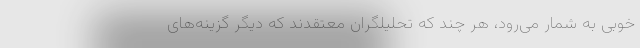
خوبی به شمار می‌رود، هر چند که تحلیلگران معتقدند که دیگر گزینه‌های